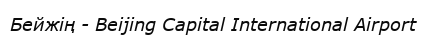
Бейжің - Beijing Capital International Airport